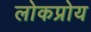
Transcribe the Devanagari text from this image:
लोकप्रोय